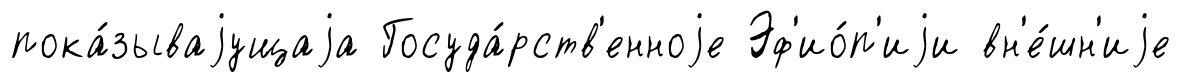
пока́зываjущаjа Госуда́рств'енноjе Эф'ио́п'иjи вн'е́шн'иjе